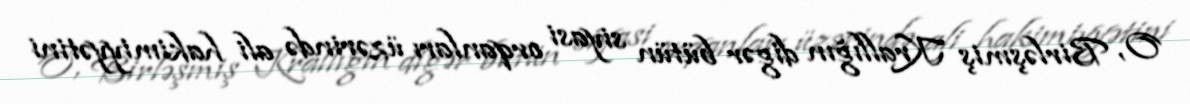
O, Birləşmiş Krallığın digər bütün siyasi orqanları üzərində ali hakimiyyətini